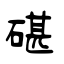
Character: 碪